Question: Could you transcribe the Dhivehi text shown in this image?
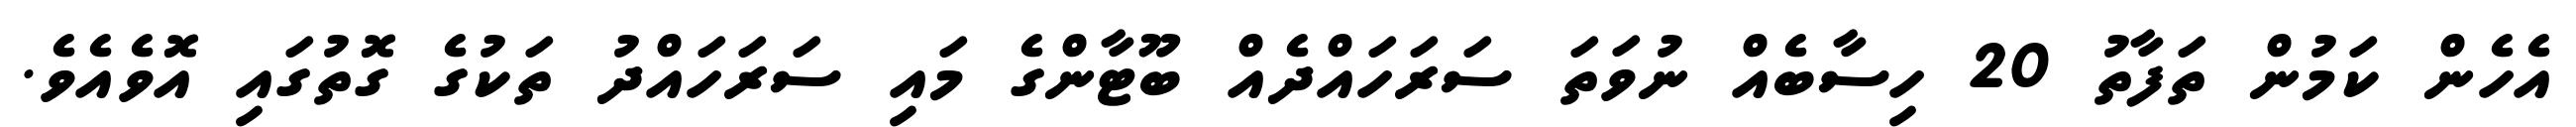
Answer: އެހެން ކަމުން ތަފާތު 20 ހިސާބެއް ނުވަތަ ސަރަހައްދެއް ބޫޓާންގެ މައި ސަރަހައްދު ތަކުގެ ގޮތުގައި އޮވެއެވެ.